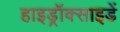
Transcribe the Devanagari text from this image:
हाइड्रॉक्साइडें